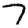
Digit: 7